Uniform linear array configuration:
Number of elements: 64
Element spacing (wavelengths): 0.25
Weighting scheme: kaiser
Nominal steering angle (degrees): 45
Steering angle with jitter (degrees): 45.459
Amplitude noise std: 0.05
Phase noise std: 0.05

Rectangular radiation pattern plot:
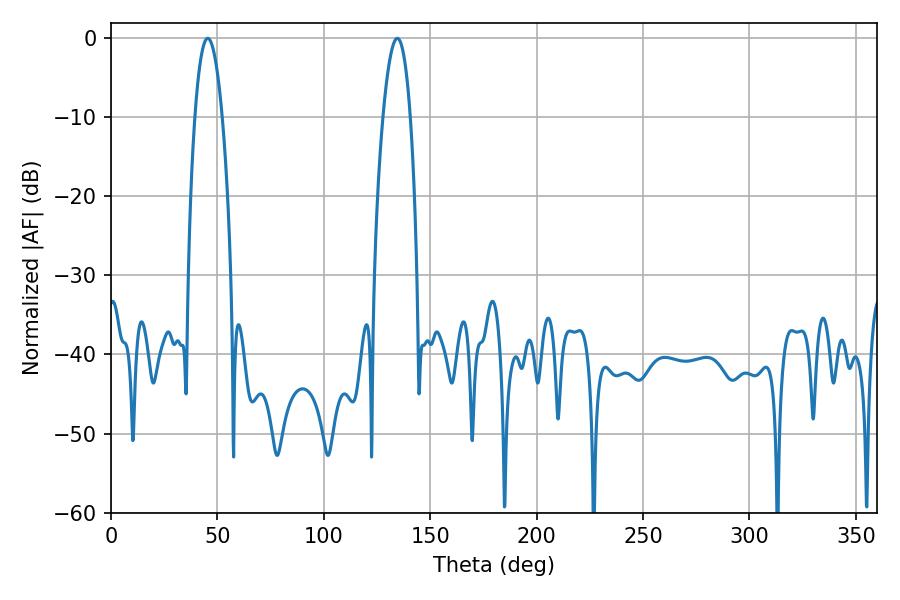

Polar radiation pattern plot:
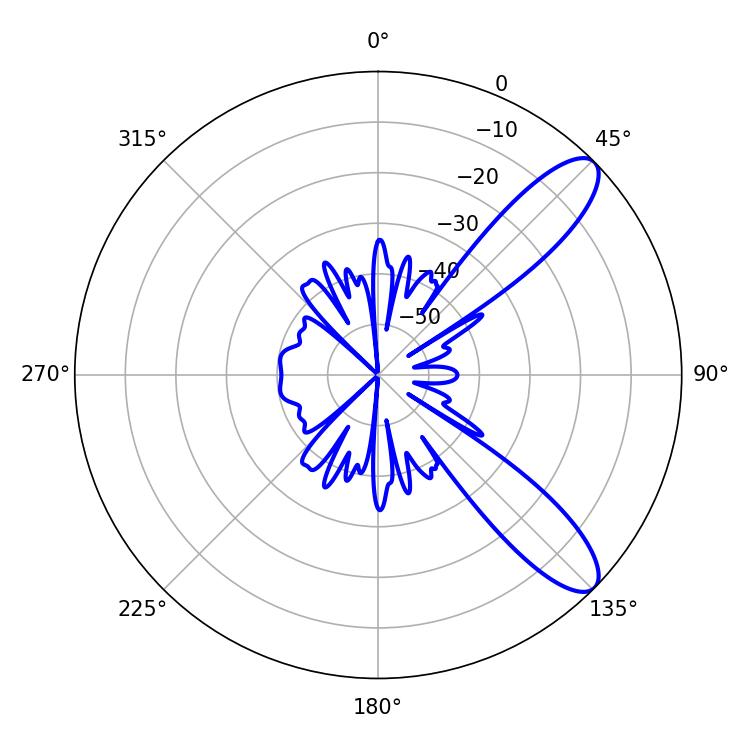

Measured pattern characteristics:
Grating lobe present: FALSE
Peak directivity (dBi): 10.219
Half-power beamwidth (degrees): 7.2
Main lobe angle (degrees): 45.54